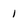
Character: 1